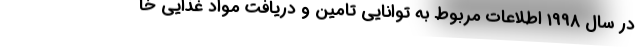
در سال 1998 اطلاعات مربوط به توانایی تامین و دریافت مواد غذایی خا